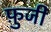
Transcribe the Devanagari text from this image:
फ़ुजी